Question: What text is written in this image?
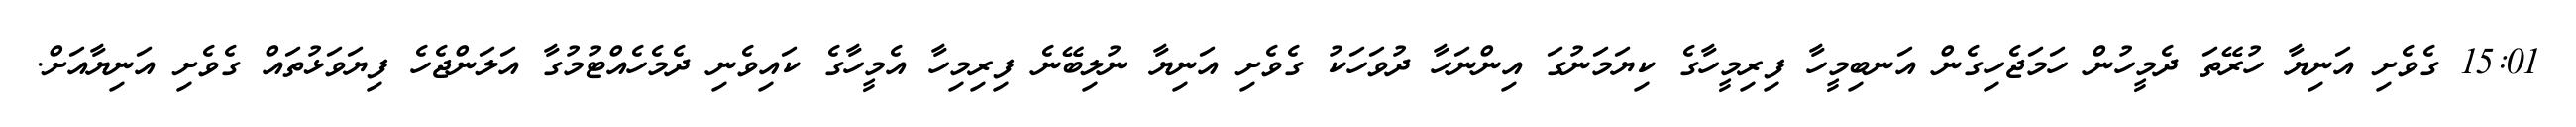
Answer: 15:01 ގެވެށި އަނިޔާ ހުރޭތަ ދެމީހުން ހަމަޖެހިގެން އަނބިމީހާ ފިރިމީހާގެ ކިޔަމަނުގަ އިންނަހާ ދުވަހަކު ގެވެށި އަނިޔާ ނުލިބޭނެ ފިރިމިހާ އެމީހާގެ ކައިވެނި ދެމެހެއްޓުމުގާ އަލަންޖެހެ ފިޔަވަޅުތައް ގެވެށި އަނިޔާއަށް.